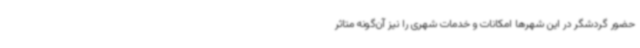
حضور گردشگر در این شهرها امکانات و خدمات شهری را نیز آن‌گونه متاثر